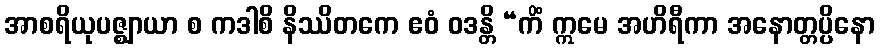
အာစရိယုပဇ္ဈာယာ စ ကဒါစိ နိဿိတကေ ဧဝံ ဝဒန္တိ “ကိံ ဣမေ အဟိရီကာ အနောတ္တပ္ပိနော